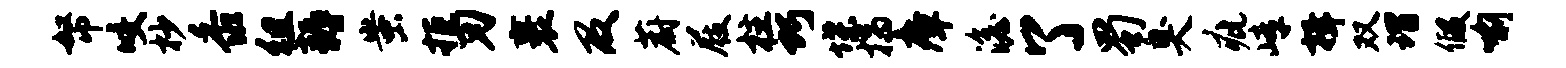
帑咬杪黍徂耨蚩拒刃裹及蔚屐柱巧堞揣瘴澹了蜀臭疵嶂揖双瑁假喻